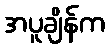
အပူချိန်က